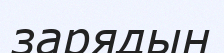
зарядын